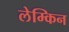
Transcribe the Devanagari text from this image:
लेम्किन